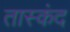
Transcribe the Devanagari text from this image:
तास्कंद